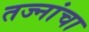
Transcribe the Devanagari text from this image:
तज्नांचा